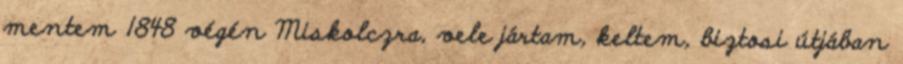
mentem 1848 végén Miskolczra, vele jártam, keltem, biztosi útjában